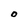
Character: O